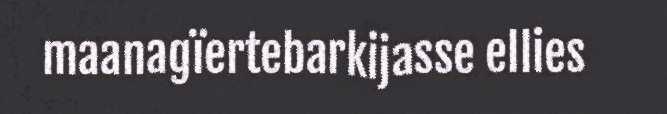
maanagïertebarkijasse ellies